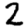
Digit: 2